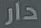
دار